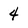
Character: 4